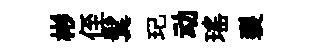
彬侄鬂玘动瑤裂